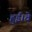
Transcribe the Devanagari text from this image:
हुई।वे